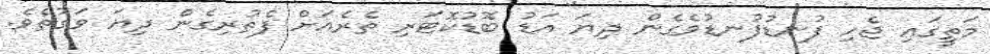
މަތީގައި ޖެހި ފުނޑުފުނޑުވެގެން ދިޔަ އަޑު ބޮޑުކޮޓަރި ތެރެއަށް ފެތުރިގެން ދިޔަ ވަގުތެވެ.